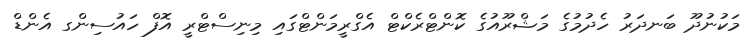
މަކުނުދޫ ބަނދަރު ހެދުމުގެ މަޝްރޫއުގެ ކޮންޓްރެކްޓް އެގްރީމަންޓްގައި މިނިސްޓްރީ އޮފް ހައުސިންގ އެންޑް